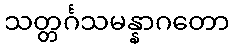
သတ္တင်္ဂသမန္နာဂတော